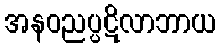
အနဝညပ္ပဋိလာဘာယ